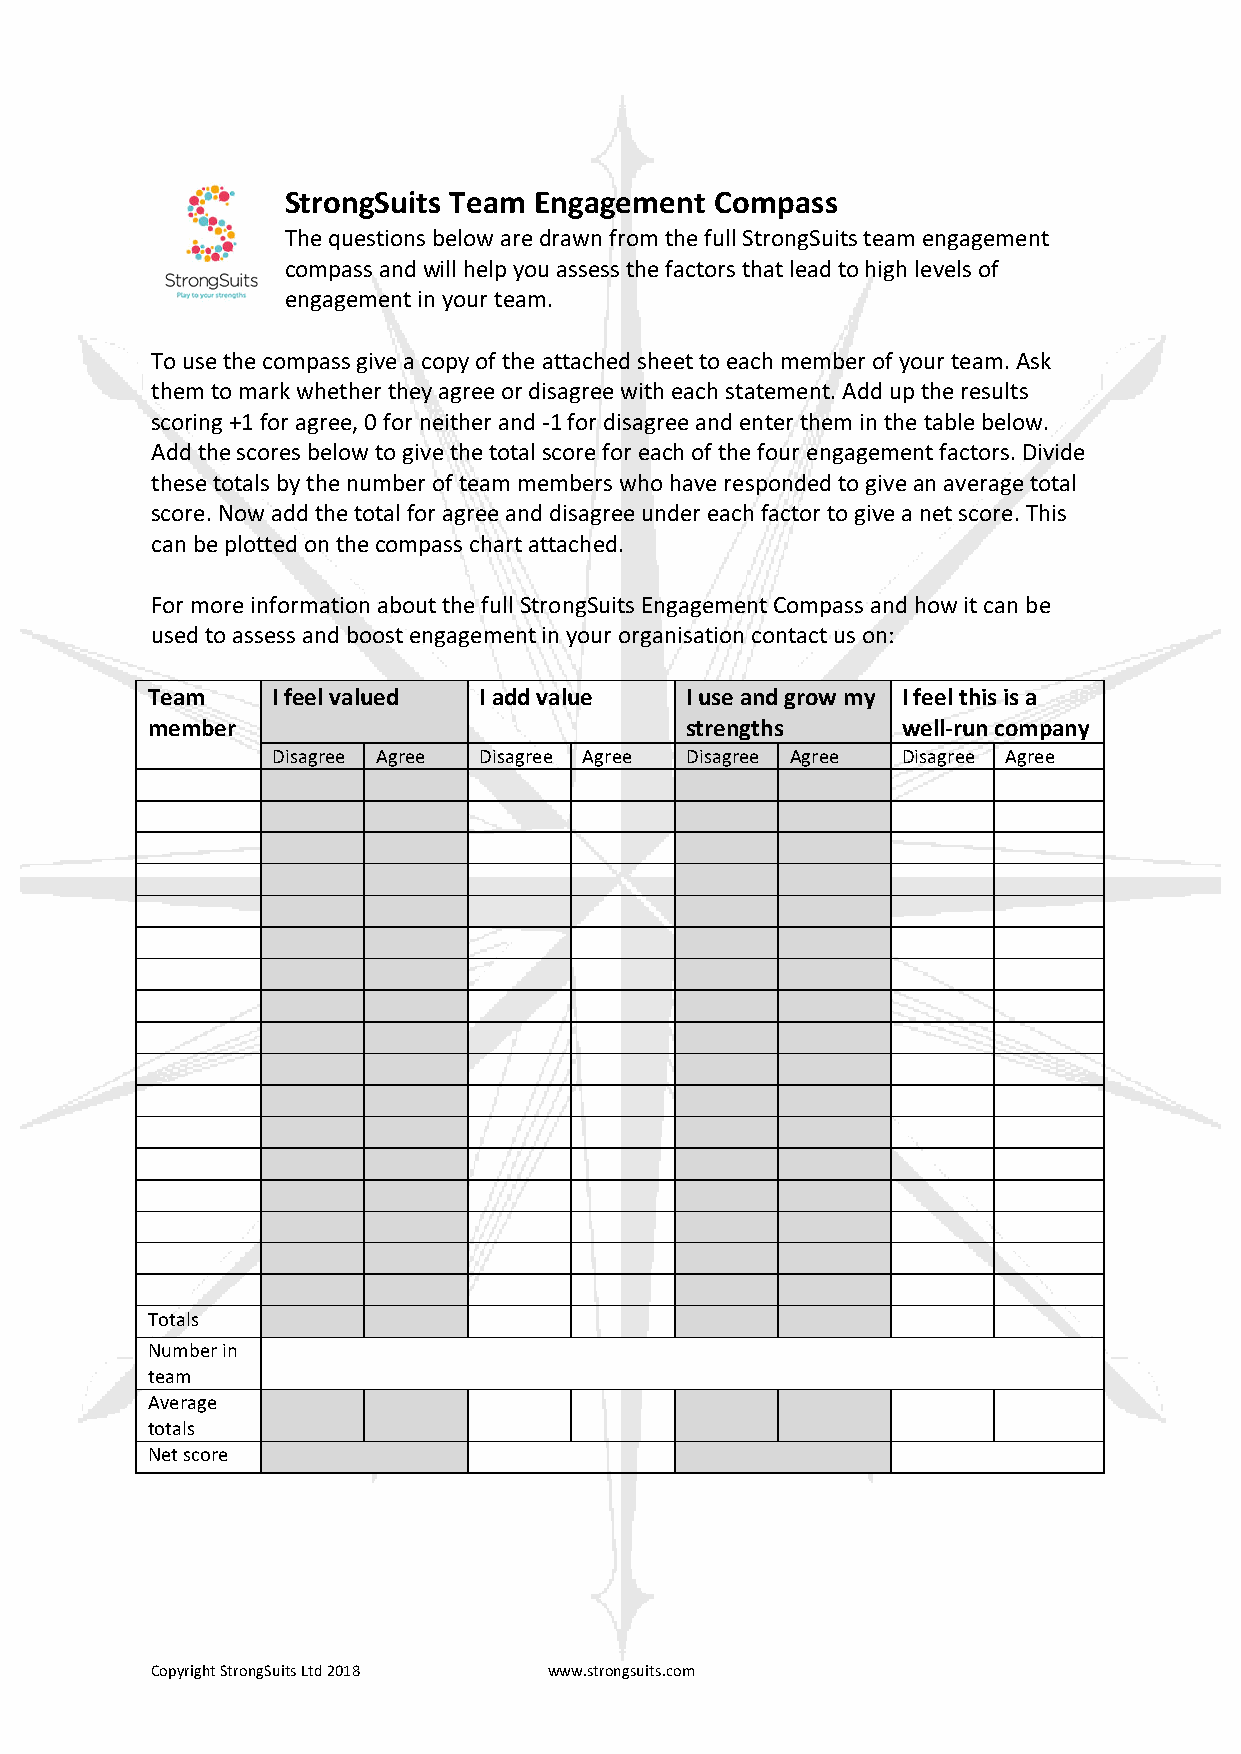
StrongSuits Team Engagement Compass
 The questions below are drawn from the full StrongSuits team engagement
 compass and will help you assess the factors that lead to high levels of
 engagement in your team.
 To use the compass give a copy of the attached sheet to each member of your team. Ask
 them to mark whether they agree or disagree with each statement. Add up the results
 scoring +1 for agree, 0 for neither and -­‐1 for disagree and enter them in the table below.
 Add the scores below to give the total score for each of the four engagement factors. Divide
 these totals by the number of team members who have responded to give an average total
 score. Now add the total for agree and disagree under each factor to give a net score. This
 can be plotted on the compass chart attached.
 For more information about the full StrongSuits Engagement Compass and how it can be
 used to assess and boost engagement in your organisation contact us on:
 Team    I feel valued I add value  I use and grow my I feel this is a
 member                             strengths      well-­‐run company
 Disagree Agree Disagree Agree Disagree Agree Disagree Agree
 Totals
 Number in
 team
 Average
 totals
 Net score
 Copyright StrongSuits Ltd 2018 www.strongsuits.com